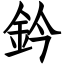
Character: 鈐